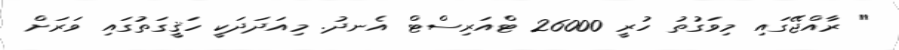
" ރާއްޖޭގައި މިވަގުތު ހުރީ 26000 ޓްއަރިސްޓް އެނދު. މިއަދަދަކީ ހަޤީގަތުގައި ވަރަށް